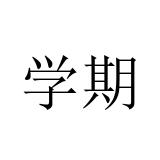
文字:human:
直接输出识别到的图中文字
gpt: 学期